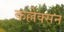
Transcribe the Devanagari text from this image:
कल्लेक्सन